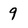
Character: 9